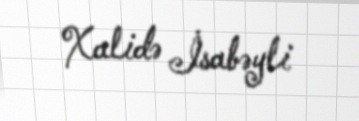
Xalidə İsabəyli